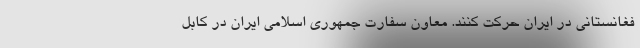
فغانستانی در ایران حرکت کنند. معاون سفارت جمهوری اسلامی ایران در کابل